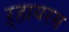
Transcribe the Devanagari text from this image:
ऱ्हायरस